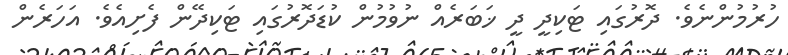
ހުރުމުންނެވެ. ދޮރުގައި ޓަކިދީ ދީ ޚަބަރެއް ނުވުމުން ކުޑަދޮރުގައި ޓަކިދޭން ފެށިއެވެ. އަހަރެން